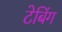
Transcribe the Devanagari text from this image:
टेबिंग